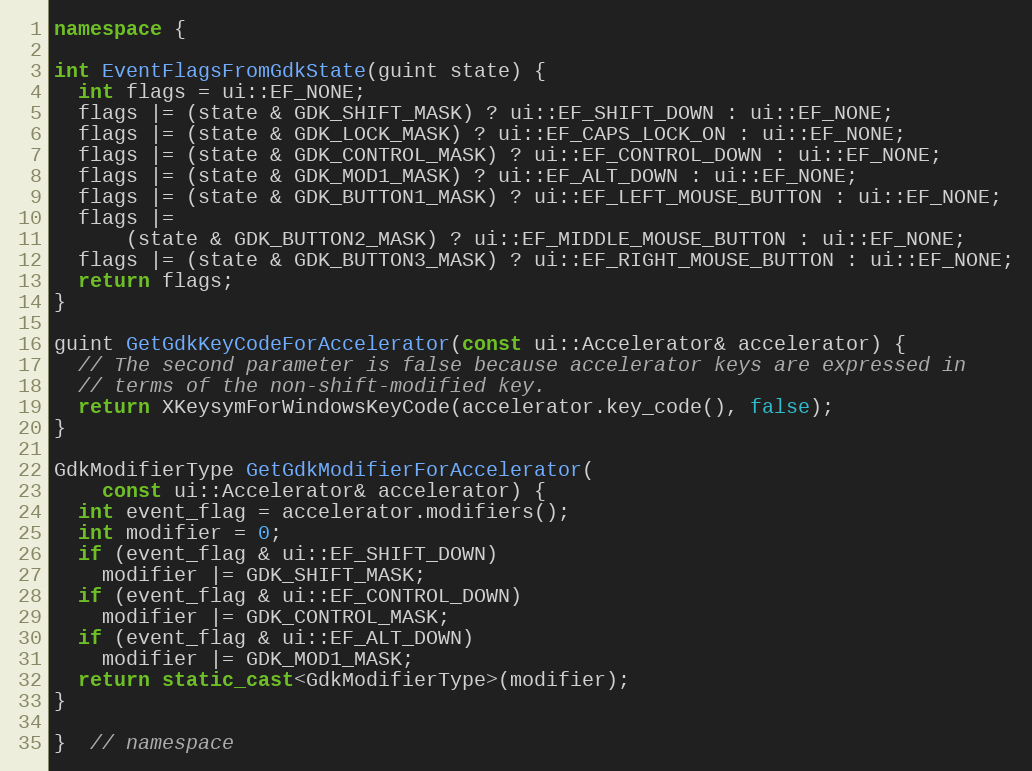
Language: C++
namespace {

int EventFlagsFromGdkState(guint state) {
  int flags = ui::EF_NONE;
  flags |= (state & GDK_SHIFT_MASK) ? ui::EF_SHIFT_DOWN : ui::EF_NONE;
  flags |= (state & GDK_LOCK_MASK) ? ui::EF_CAPS_LOCK_ON : ui::EF_NONE;
  flags |= (state & GDK_CONTROL_MASK) ? ui::EF_CONTROL_DOWN : ui::EF_NONE;
  flags |= (state & GDK_MOD1_MASK) ? ui::EF_ALT_DOWN : ui::EF_NONE;
  flags |= (state & GDK_BUTTON1_MASK) ? ui::EF_LEFT_MOUSE_BUTTON : ui::EF_NONE;
  flags |=
      (state & GDK_BUTTON2_MASK) ? ui::EF_MIDDLE_MOUSE_BUTTON : ui::EF_NONE;
  flags |= (state & GDK_BUTTON3_MASK) ? ui::EF_RIGHT_MOUSE_BUTTON : ui::EF_NONE;
  return flags;
}

guint GetGdkKeyCodeForAccelerator(const ui::Accelerator& accelerator) {
  // The second parameter is false because accelerator keys are expressed in
  // terms of the non-shift-modified key.
  return XKeysymForWindowsKeyCode(accelerator.key_code(), false);
}

GdkModifierType GetGdkModifierForAccelerator(
    const ui::Accelerator& accelerator) {
  int event_flag = accelerator.modifiers();
  int modifier = 0;
  if (event_flag & ui::EF_SHIFT_DOWN)
    modifier |= GDK_SHIFT_MASK;
  if (event_flag & ui::EF_CONTROL_DOWN)
    modifier |= GDK_CONTROL_MASK;
  if (event_flag & ui::EF_ALT_DOWN)
    modifier |= GDK_MOD1_MASK;
  return static_cast<GdkModifierType>(modifier);
}

}  // namespace